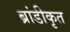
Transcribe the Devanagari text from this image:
ब्रांडीकृत